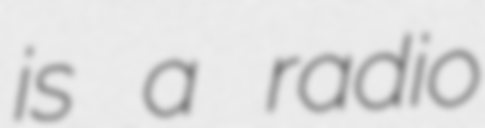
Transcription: is a radio